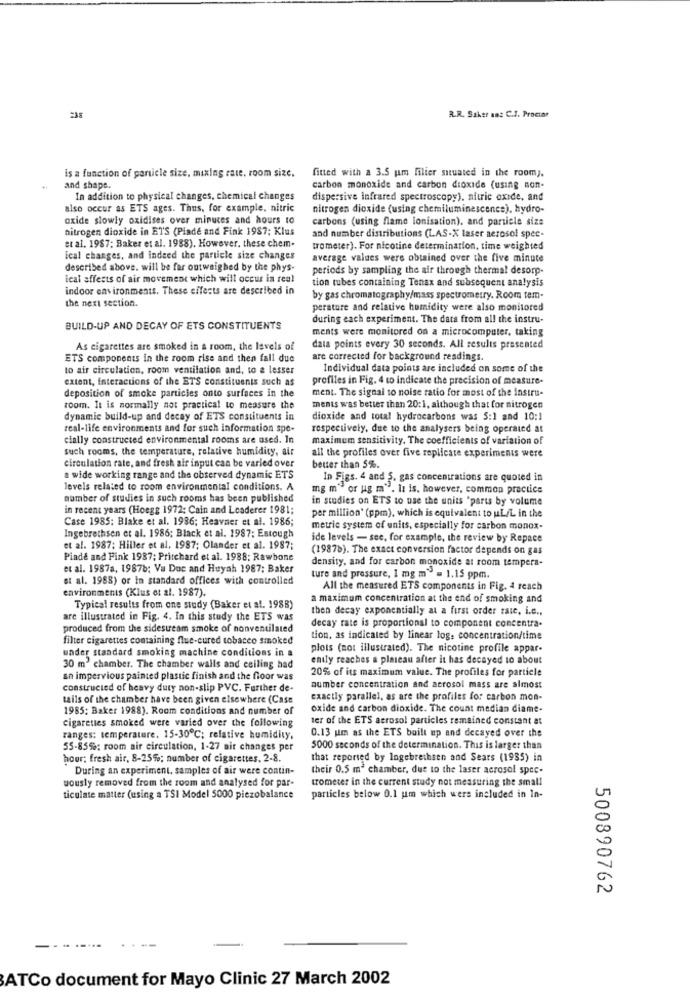
R.R. Saker ans C.f. Prociar
fitted with a 3.5 um filter situated in the roomy.
is a function of particle size, mixing rate, room size.
and shape.
carbon monoxide and carbon dioxide (using non-
In addition to physical changes, chemical changes
dispersive Infrared spectroscopy), nitric oxide, and
also occur as ETS ages. Thus, for example, nitric
nitrogen dioxide (using chemiluminescence), hydro-
oxide slowly oxidises over minutes and hours to
carbons (using flame lonisation), and particle size
nitrogen dioxide in ET'S (Piade and Fink 1987; Klus
et al. 1987; Baker et al. 1988). However, these chem-
and number distributions (LAS-X laser aerosol spec-
trometer). For nicotine determination, time weighted
ical changes, and indeed the particle size changes
average values were obtained over the five minute
described above. will be far outweighed by the phys-
periods by sampling the air through thermal desorp-
leal affects of air movement which will occur in real
tion tubes containing Tenax and subsequent analysis
indoor environments. These effects are described in
the next section.
by gas chromatography/mass spectrometry. Room tem-
perature and relative humidity were also monitored
during each experiment. The data from all the instru-
BUILD-UP AND DECAY OF ETS CONSTITUENTS
ments were monitored on a microcomputer, taking
As cigarettes are smoked in a room, the levels of
data points every 30 seconds. All results presented
ETS components in the room rise and then fall due
are corrected for background readings.
to air circulation, room ventilation and, to a lesser
Individual data points are included on some of the
extent, interactions of the ETS constituents such as
profiles in Fig. 4 to indicate the precision of measure-
deposition of smoke particles onto surfaces in the
ment. The signal to noise ratio for most of the instru-
room. It is normally not practical to measure the
ments was better than 20:1, although that for nitrogen
dynamic build-up and decay of ETS constituents in
dioxide and total hydrocarbons was 5:1 and 10:1
real-life environments and for such information spe-
respectively, due to the analysers being operated at
cially constructed environmental rooms are used. In
maximum sensitivity. The coefficients of variation of
such rooms, the temperature, relative humidity, air
all the profiles over five replicate experiments were
circulation rate, and fresh air input can be varied over
better than 5%.
a wide working range and the observed dynamic ETS
In Figs. 4 and 5. gas concentrations are quoted in
levels related to room environmental conditions. A
mg m" or ug m". It is, however, common practice
number of studies in such rooms has been published
in studies on ETS to use the units "parts by volume
in recent years (Hoegg 1972; Cain and Leaderer 1981;
Case 1985: Blake et al. 1986; Heavner et al. 1986;
per million' (ppm), which is equivalent to uL/L in the
metrie system of units, especially for carbon monox-
Ingebrethsen et al. 1986; Black et al. 1987: Estough
ide levels - see, for example, the review by Repace
et al. 1987; Hiller et al. 1987; Olander et al. 1987;
(19876). The exact conversion factor depends on gas
Piade and Fink 1987; Pritchard et al. 1988: Rawbone
density, and for carbon monoxide at room tempera-
et al. 1987a, 19878; Vu Doc and Huyah 1987; Baker
et al. 1988) or In standard offices with controlled
ture and pressure, 1 mg m" = 1.15 ppm.
environments (Klus et al. 1987).
All the measured ETS components in Fig. 4 reach
a maximum concentration at the end of smoking and
Typical results from one study (Baker et al. 1988)
then decay exponentially at a first order rate, i.e .,
are illustrated in Fig. 4. In this study the ETS was
decay rate is proportional to component concentra-
produced from the sidesucam smoke of nonventilated
filter cigarettes containing flue-cured tobacco smoked
tion, as indicated by linear log. concentration/time
under standard smoking machine conditions in a
plots (not illustrated). The nicotine profile appar-
ently reaches a plateau after it has decayed to about
30 m2 chamber. The chamber walls and ceiling had
20% of its maximum value. The profiles for particle
an impervious painted plastic finish and the floor was
constructed of heavy duty non-slip PVC. Further de-
number concentration and aerosol mass are almost
tails of the chamber have been given elsewhere (Case
exactly parallel, as are the profiles for carbon mon-
1985: Baker 1988). Room conditions and number of
oxide and carbon dioxide. The count median diame-
cigarettes smoked were varied over the following
ter of the ETS aerosol particles remained constant at
0.13 um as the ETS built up and decayed over the
ranges: temperature. 15-30℃; relative humidity,
55-85%; room air circulation, 1-27 air changes per
5000 seconds of the determination. This is larger than
hour; fresh air, 8-2550; number of cigarettes, 2-8.
that reported by Ingebrethsen and Sears (1985) in
During an experiment, samples of air were contin-
their 0.5 mª chamber, due to the laser aerosol spec-
uously removed from the room and analysed for par-
tometer in the current study not measuring the small
ticulate matter (using a TSI Model 5000 piezobalance
particles below 0.1 um which were included in In-
500890762
...
......
ATCo document for Mayo Clinic 27 March 2002